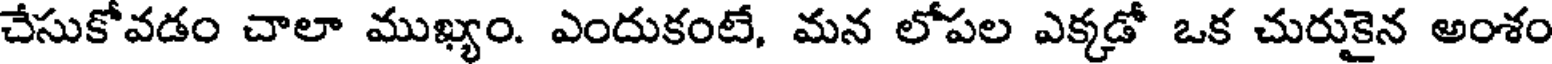
చేసుకోవడం చాలా ముఖ్యం. ఎందుకంటే, మన లోపల ఎక్కడో ఒక చురుకైన అంశం